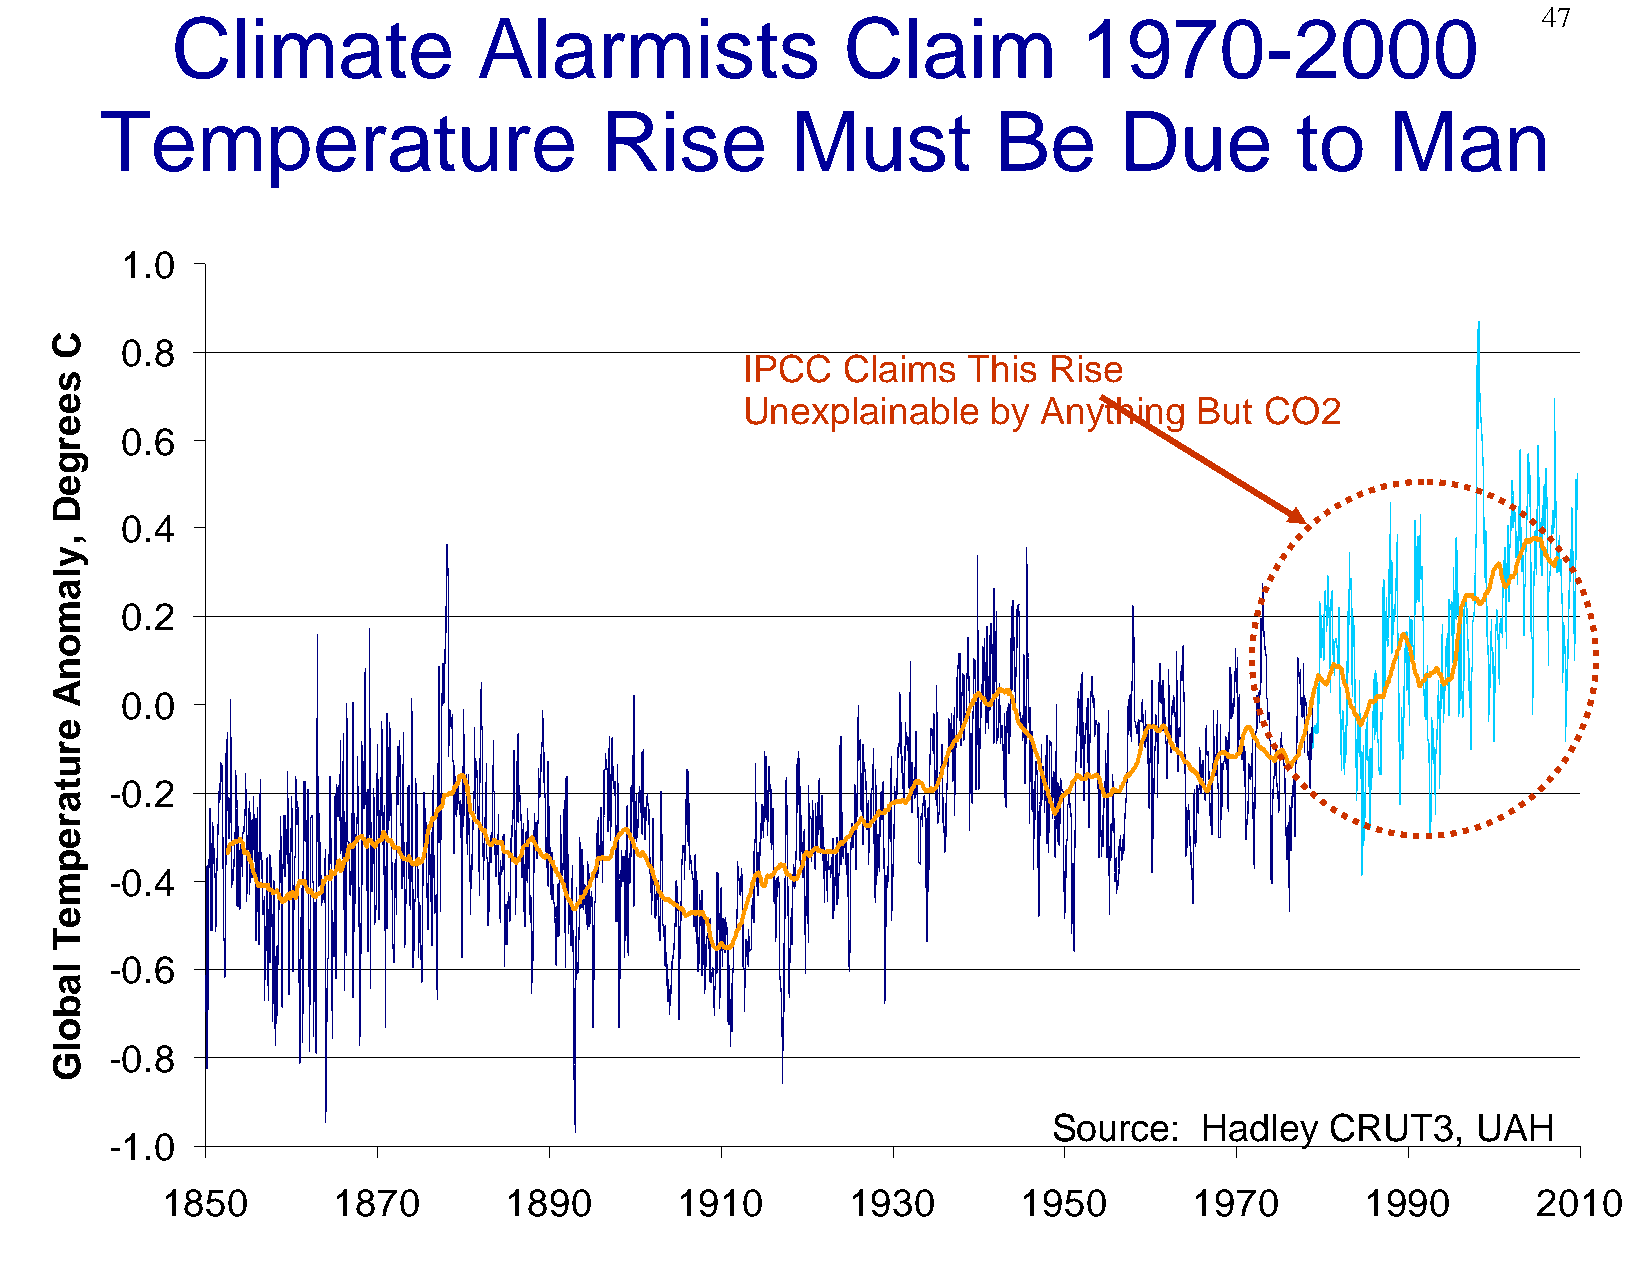
47
 Climate              Alarmists               Claim          1970-2000
 Temperature                      Rise        Must          Be      Due         to    Man
 1.0
 0.8
 IPCC   Claims  This Rise
 Unexplainable    by Anything  But  CO2
 0.6
 0.4
 0.2
 0.0
 -0.2
 -0.4
 -0.6
 -0.8
 Source:   Hadley  CRUT3,    UAH
 -1.0
 1850       1870       1890        1910       1930        1950       1970       1990        2010
 C
 seergeD
 ,ylamonA
 erutarepmeT
 labolG